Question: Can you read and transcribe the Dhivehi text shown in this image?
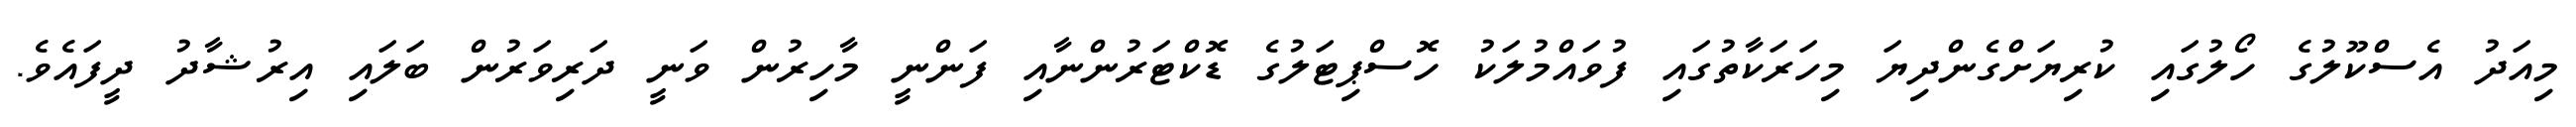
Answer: މިއަދު އެސްކޫލުގެ ހޯލުގައި ކުރިޔަށްގެންދިޔަ މިހަރަކާތުގައި ފުވައްމުލަކު ހޮސްޕިޓަލުގެ ޑޮކްޓަރުންނާއި ފަންނީ މާހިރުން ވަނީ ދަރިވަރުން ބަލައި އިރުޝާދު ދީފައެވެ.